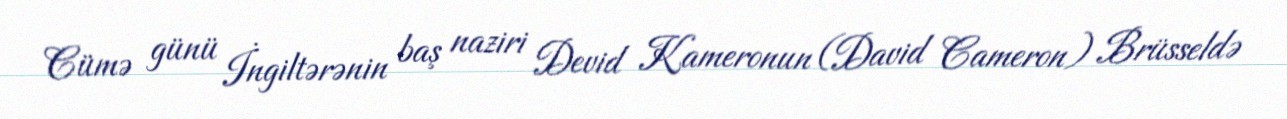
Cümə günü İngiltərənin baş naziri Devid Kameronun (David Cameron) Brüsseldə